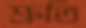
শ্রুতি